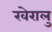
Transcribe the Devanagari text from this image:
खेरालु